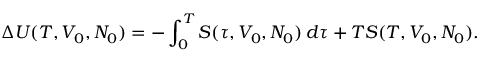
\Delta U ( T , V _ { 0 } , N _ { 0 } ) = - \int _ { 0 } ^ { T } S ( \tau , V _ { 0 } , N _ { 0 } ) \, d \tau + T S ( T , V _ { 0 } , N _ { 0 } ) .